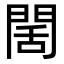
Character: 䦚